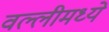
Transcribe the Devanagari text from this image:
वल्लीमध्ये